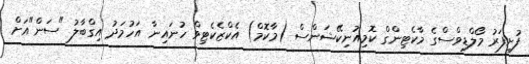
ފުށިފަރު މޯލްޑިވްސްގެ މާކެޓިންގް ކޮމިއުނިކޭޝަންސް (މާކޮމް) އެކްޒެކެޓިވް ހުނައިނާ އަހުމަދު އިގްބާލު "ސަން"އަށް